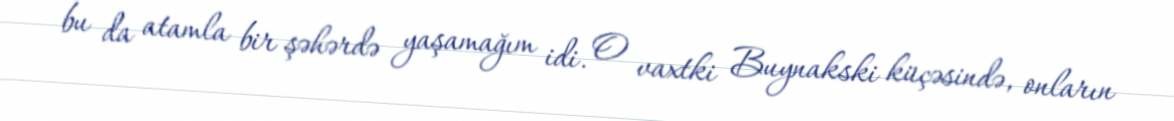
bu da atamla bir şəhərdə yaşamağım idi. O vaxtki Buynakski küçəsində, onların